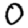
Digit: 0